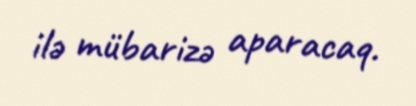
ilə mübarizə aparacaq.